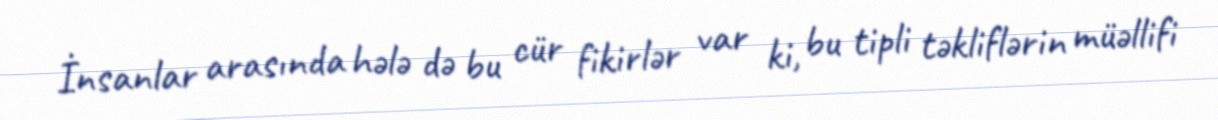
İnsanlar arasında hələ də bu cür fikirlər var ki, bu tipli təkliflərin müəllifi